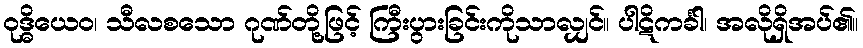
ဝုဒ္ဓိယေဝ၊ သီလစသော ဂုဏ်တို့ဖြင့် ကြီးပွားခြင်းကိုသာလျှင်။ ပါဋိကင်္ခါ၊ အလိုရှိအပ်၏။